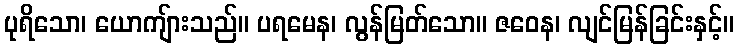
ပုရိသော၊ ယောကျ်ားသည်။ ပရမေန၊ လွန်မြတ်သော။ ဇဝေန၊ လျင်မြန်ခြင်းနှင့်။